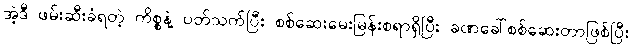
အဲ့ဒီ ဖမ်းဆီးခံရတဲ့ ကိစ္စနဲ့ ပတ်သက်ပြီး စစ်ဆေးမေးမြန်းစရာရှိပြီး ခဏခေါ်စစ်ဆေးတာဖြစ်ပြီး